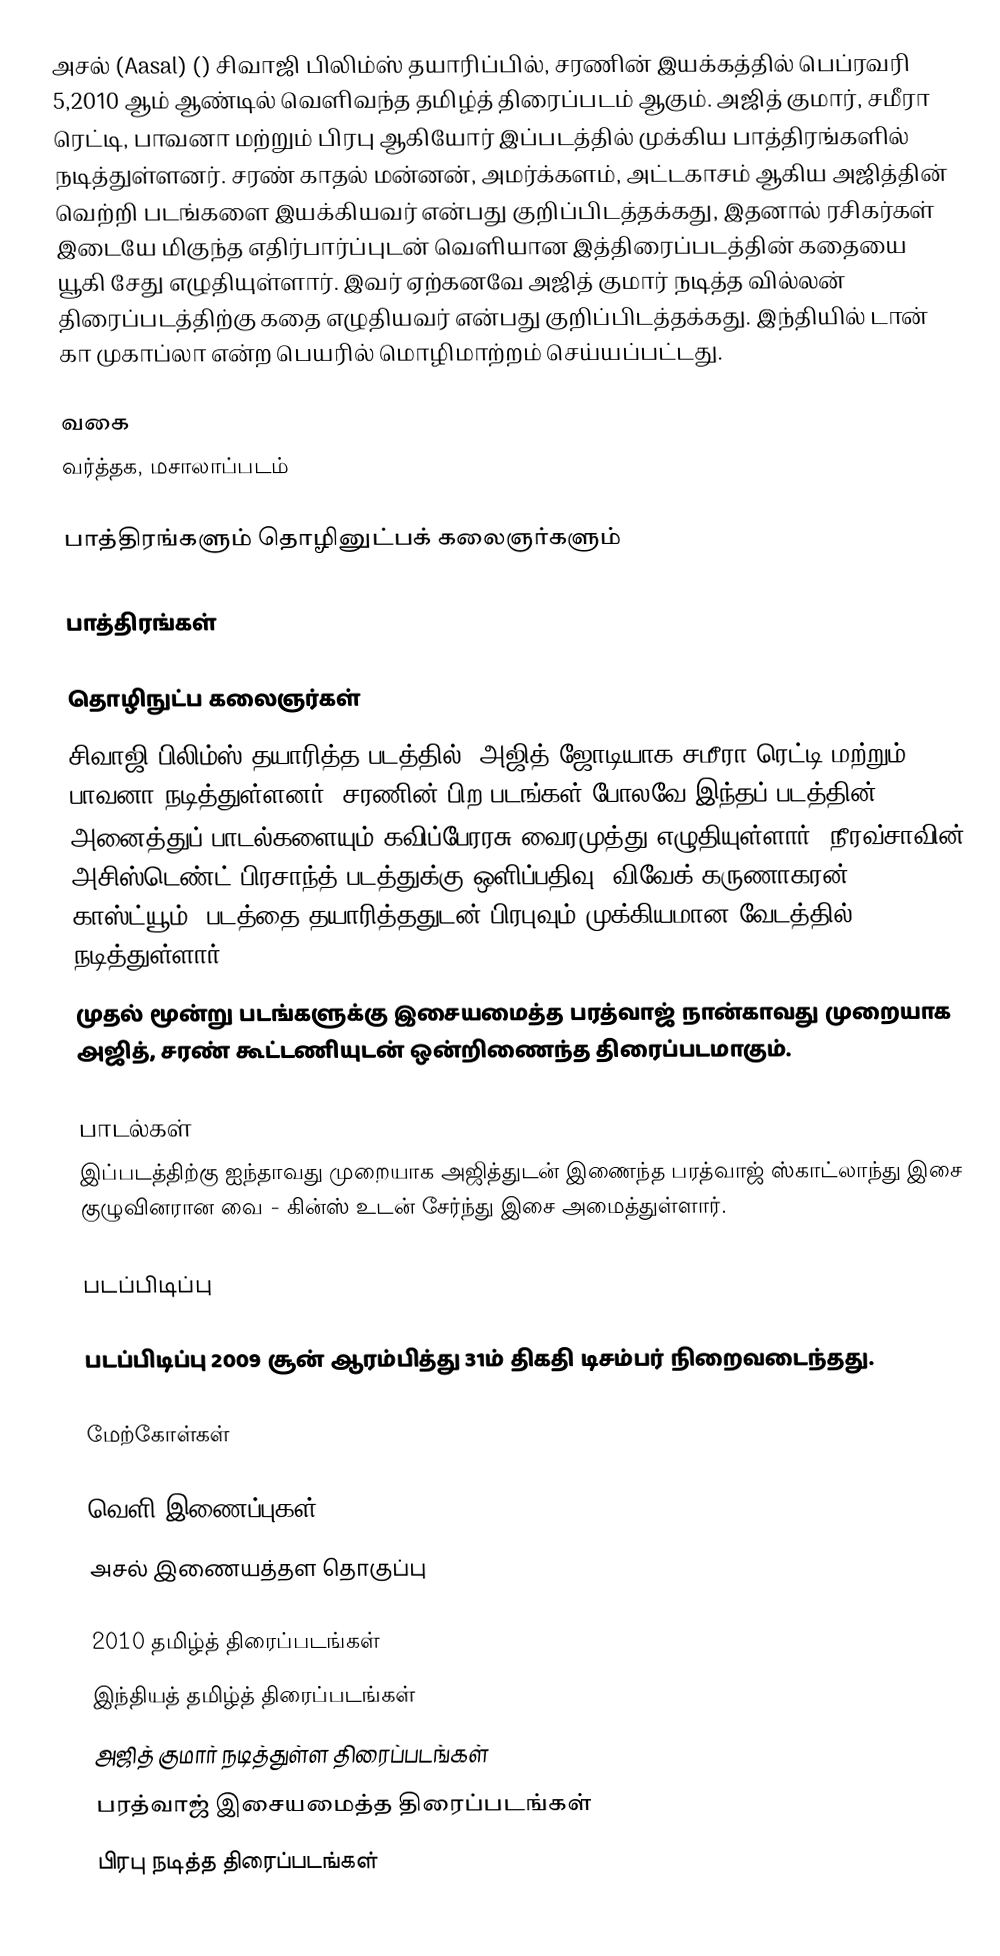
அசல் (Aasal) () சிவாஜி பிலிம்ஸ் தயாரிப்பில், சரணின் இயக்கத்தில் பெப்ரவரி 5,2010 ஆம் ஆண்டில் வெளிவந்த தமிழ்த் திரைப்படம் ஆகும். அஜித் குமார், சமீரா ரெட்டி, பாவனா மற்றும் பிரபு ஆகியோர் இப்படத்தில் முக்கிய பாத்திரங்களில் நடித்துள்ளனர். சரண் காதல் மன்னன், அமர்க்களம், அட்டகாசம் ஆகிய அஜித்தின் வெற்றி படங்களை இயக்கியவர் என்பது குறிப்பிடத்தக்கது, இதனால் ரசிகர்கள் இடையே மிகுந்த எதிர்பார்ப்புடன் வெளியான இத்திரைப்படத்தின் கதையை யூகி சேது எழுதியுள்ளார். இவர் ஏற்கனவே அஜித் குமார் நடித்த வில்லன் திரைப்படத்திற்கு கதை எழுதியவர் என்பது குறிப்பிடத்தக்கது. இந்தியில் டான் கா முகாப்லா என்ற பெயரில் மொழிமாற்றம் செய்யப்பட்டது.

வகை
வர்த்தக, மசாலாப்படம்

பாத்திரங்களும் தொழினுட்பக் கலைஞர்களும்

பாத்திரங்கள்

தொழிநுட்ப கலைஞர்கள்
சிவாஜி பிலிம்ஸ் தயாரித்த படத்தில், அஜித் ஜோடியாக சமீரா ரெட்டி மற்றும் பாவனா நடித்துள்ளனர். சரணின் பிற படங்கள் போலவே இந்தப் படத்தின் அனைத்துப் பாடல்களையும் கவிப்பேரரசு வைரமுத்து எழுதியுள்ளார். நீரவ்சாவின் அசிஸ்டெண்ட் பிரசாந்த் படத்துக்கு ஒளிப்பதிவு. விவேக் கருணாகரன் காஸ்ட்யூம். படத்தை தயாரித்ததுடன் பிரபுவும் முக்கியமான வேடத்தில் நடித்துள்ளார்.
முதல் மூன்று படங்களுக்கு இசையமைத்த பரத்வாஜ் நான்காவது முறையாக அஜித், சரண் கூட்டணியுடன் ஒன்றிணைந்த திரைப்படமாகும்.

பாடல்கள்
இப்படத்திற்கு ஐந்தாவது முறையாக அஜித்துடன் இணைந்த பரத்வாஜ் ஸ்காட்லாந்து இசை குழுவினரான வை - கின்ஸ் உடன் சேர்ந்து இசை அமைத்துள்ளார்.

படப்பிடிப்பு

படப்பிடிப்பு 2009 சூன் ஆரம்பித்து 31ம் திகதி டிசம்பர் நிறைவடைந்தது.

மேற்கோள்கள்

வெளி இணைப்புகள்
 அசல் இணையத்தள தொகுப்பு

2010 தமிழ்த் திரைப்படங்கள்
இந்தியத் தமிழ்த் திரைப்படங்கள்
அஜித் குமார் நடித்துள்ள திரைப்படங்கள்
பரத்வாஜ் இசையமைத்த திரைப்படங்கள்
பிரபு நடித்த திரைப்படங்கள்